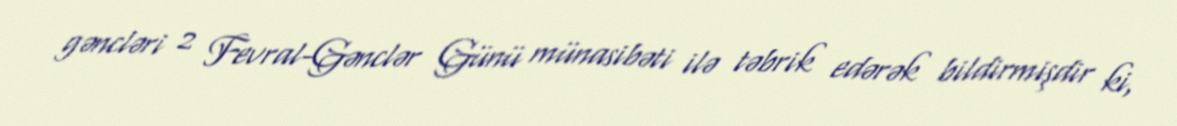
gəncləri 2 Fevral-Gənclər Günü münasibəti ilə təbrik edərək bildirmişdir ki,